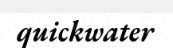
quickwater